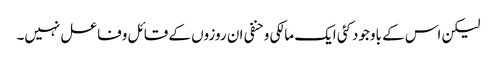
لیکن اس کے باوجودکئی ایک مالکی وحنفی ان روزوں کے قائل وفاعل نہیں۔